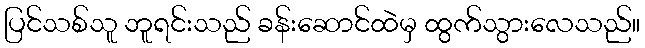
ပြင်သစ်သူ ဘူရင်းသည် ခန်းဆောင်ထဲမှ ထွက်သွားလေသည်။